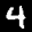
Label: 4